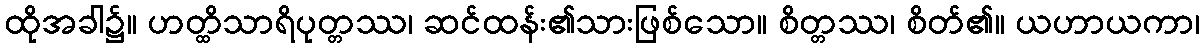
ထိုအခါ၌။ ဟတ္ထိသာရိပုတ္တဿ၊ ဆင်ထန်း၏သားဖြစ်သော။ စိတ္တဿ၊ စိတ်၏။ ယဟာယကာ၊